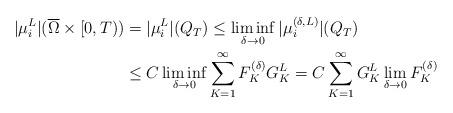
LaTeX: \begin{align*}\begin{aligned} |\mu_i^L|(\overline\Omega\times[0,T))&= |\mu_i^{L}|(Q_T)\le\liminf_{\delta\to 0}|\mu_i^{(\delta,L)}|(Q_T) \\&\le C\liminf_{\delta\to 0}\sum_{K=1}^\infty F_K^{(\delta)} G_K^L = C\sum_{K=1}^\infty G_K^L\lim_{\delta\to 0}F_K^{(\delta)}\end{aligned}\end{align*}